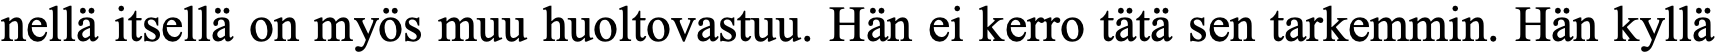
nellä itsellä on myös muu huoltovastuu. Hän ei kerro tätä sen tarkemmin. Hän kyllä